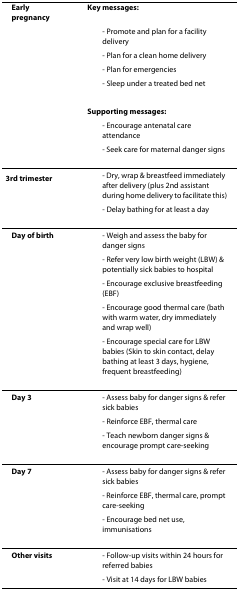
<table><thead><tr><td><b>Early pregnancy</b></td><td><b>Key messages:</b></td></tr><tr><td></td><td><b> - Promote and plan for a facility delivery</b></td></tr><tr><td></td><td><b> - Plan for a clean home delivery</b></td></tr><tr><td></td><td><b> - Plan for emergencies</b></td></tr><tr><td></td><td><b> - Sleep under a treated bed net</b></td></tr><tr><td></td><td><b>Supporting messages:</b></td></tr><tr><td></td><td><b> - Encourage antenatal care attendance</b></td></tr><tr><td></td><td><b> - Seek care for maternal danger signs</b></td></tr></thead><tbody><tr><td><b>3<sup>rd </sup>trimester</b></td><td> - Dry, wrap &amp; breastfeed immediately after delivery (plus 2nd assistant during home delivery to facilitate this)</td></tr><tr><td></td><td> - Delay bathing for at least a day</td></tr><tr><td><b>Day of birth</b></td><td> - Weigh and assess the baby for danger signs</td></tr><tr><td></td><td> - Refer very low birth weight (LBW) &amp; potentially sick babies to hospital</td></tr><tr><td></td><td> - Encourage exclusive breastfeeding (EBF)</td></tr><tr><td></td><td> - Encourage good thermal care (bath with warm water, dry immediately and wrap well)</td></tr><tr><td></td><td> - Encourage special care for LBW babies (Skin to skin contact, delay bathing at least 3 days, hygiene, frequent breastfeeding)</td></tr><tr><td><b>Day 3</b></td><td> - Assess baby for danger signs &amp; refer sick babies</td></tr><tr><td></td><td> - Reinforce EBF, thermal care</td></tr><tr><td></td><td> - Teach newborn danger signs &amp; encourage prompt care-seeking</td></tr><tr><td><b>Day 7</b></td><td> - Assess baby for danger signs &amp; refer sick babies</td></tr><tr><td></td><td> - Reinforce EBF, thermal care, prompt care-seeking</td></tr><tr><td></td><td> - Encourage bed net use, immunisations</td></tr><tr><td><b>Other visits</b></td><td> - Follow-up visits within 24 hours for referred babies</td></tr><tr><td></td><td> - Visit at 14 days for LBW babies</td></tr></tbody></table>